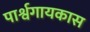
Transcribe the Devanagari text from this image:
पार्श्वगायकास